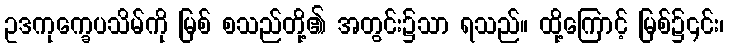
ဥဒကုက္ခေပသိမ်ကို မြစ် စသည်တို့၏ အတွင်း၌သာ ရသည်။ ထို့ကြောင့် မြစ်၌၎င်း၊